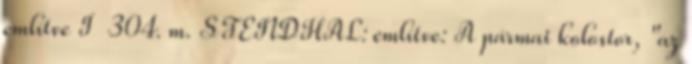
említve I 304. m. STENDHAL: említve: A pármai kolostor, "az